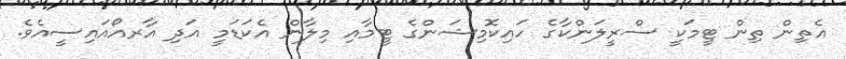
އެތިން ތިން ޓީމަކީ ސްރީލަންކާގެ ހައިކޮމިޝަންގެ ޓީމާއި މިލާން އެކަޑަމީ އަދި އާރއޯއައިސީއެވެ.